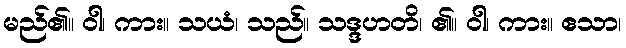
မည်၏။ ဝါ၊ ကား။ သယံ၊ သည်။ သဒ္ဒဟတိ၊ ၏။ ဝါ၊ ကား။ ဧသာ၊